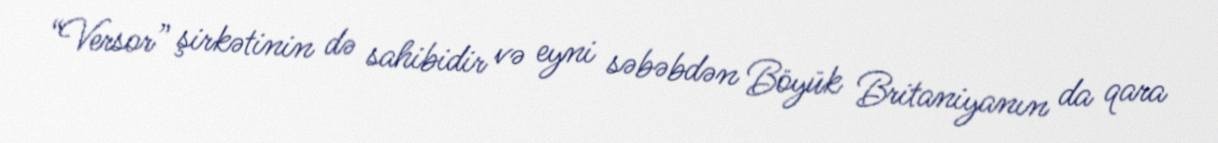
“Versor” şirkətinin də sahibidir və eyni səbəbdən Böyük Britaniyanın da qara